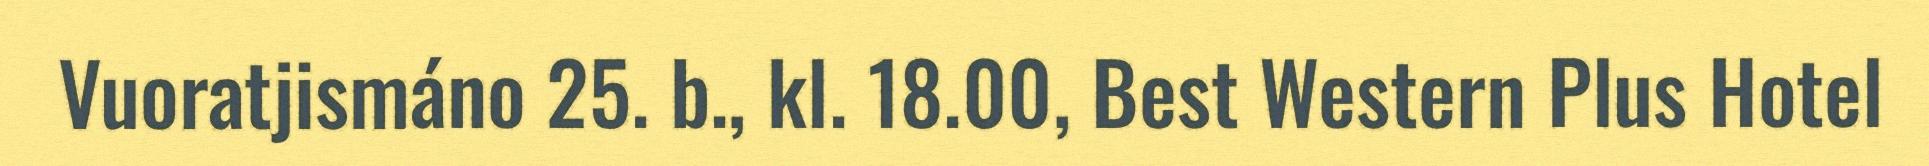
Vuoratjismáno 25. b., kl. 18.00, Best Western Plus Hotel